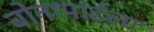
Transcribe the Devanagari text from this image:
बोनापार्टला